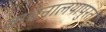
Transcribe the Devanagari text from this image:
वाचनालयापुरती